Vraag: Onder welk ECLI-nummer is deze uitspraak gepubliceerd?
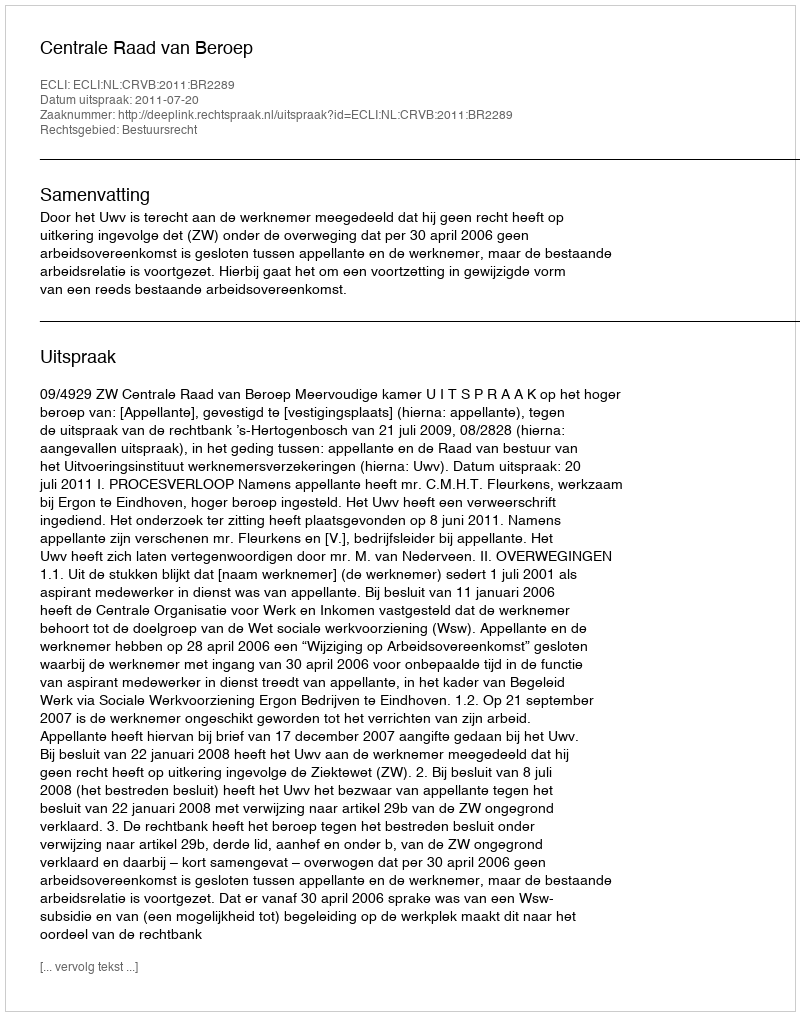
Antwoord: ECLI:NL:CRVB:2011:BR2289